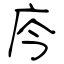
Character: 庈